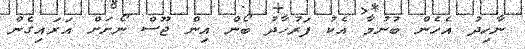
ނާހިދު އެހެން ބުނުމާ އެކު ފަރުހާދު ބޯން އިން ޖޫސް ނޯށަށް އަަރައިގެން